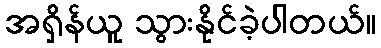
အရှိန်ယူ သွားနိုင်ခဲ့ပါတယ်။